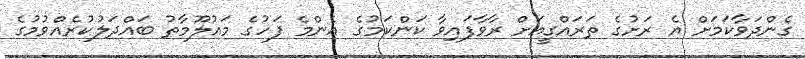
ގެންދަވާކަމަށް އެ ރަށުގެ ތަރައްގީއަށް ރާވާފައިވާ ކަންކަމުގެ އެންމެ ފަހުގެ މައުލޫމާތު ބައްދަލުކުރެއްވުމުގެ